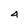
Character: 4